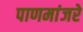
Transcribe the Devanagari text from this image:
पाणमांजरे